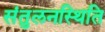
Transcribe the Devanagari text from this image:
संतुलनस्थिति